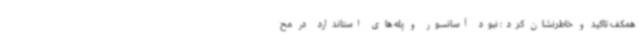
همکف تاکید و خاطرنشان کرد: نبود آسانسور و پله های استاندارد در مح